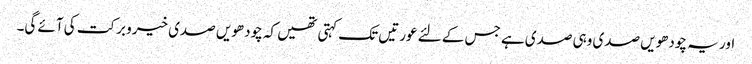
اور یہ چودھویں صدی وہی صدی ہے جس کے لئے عورتیں تک کہتی تھیں کہ چودھویں صدی خیرو برکت کی آئے گی۔